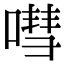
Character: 嘒